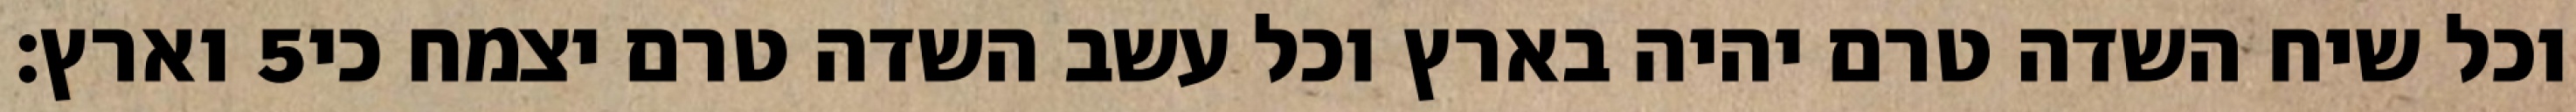
וארץ׃ ‎5‏ וכל שיח השדה טרם יהיה בארץ וכל עשב השדה טרם יצמח כי